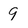
Character: 9